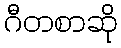
ဂီတစာဆို